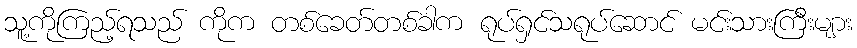
သူ့ကိုကြည့်ရသည် ကိုက တစ်ခေတ်တစ်ခါက ရုပ်ရှင်သရုပ်ဆောင် မင်းသားကြီးများ